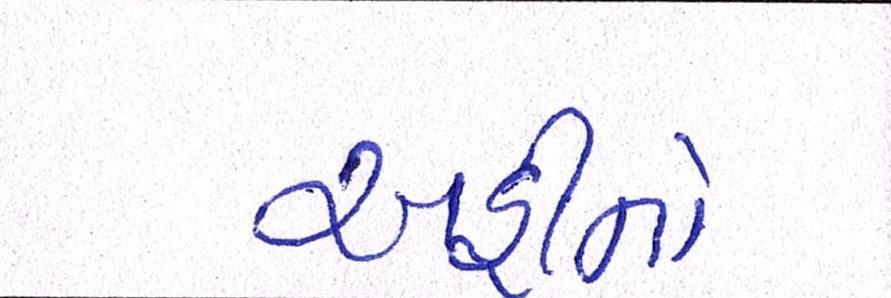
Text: અહીંનો